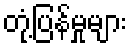
တုံ့ပြန်မှုများ